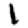
Digit: 1